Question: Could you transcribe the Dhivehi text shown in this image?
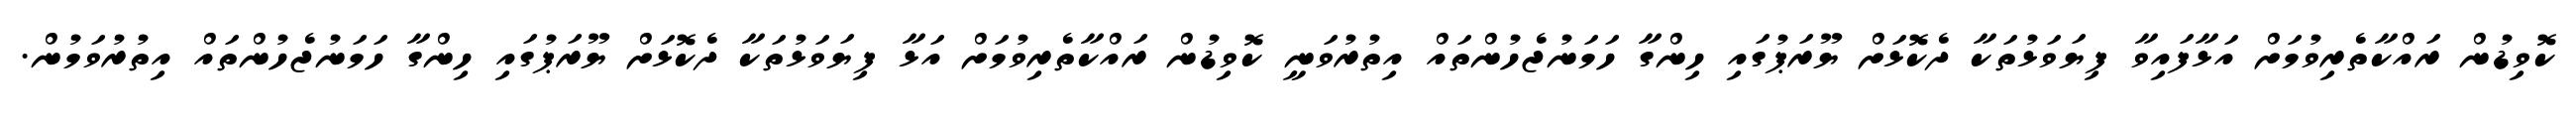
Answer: ކޮވިޑުން ރައްކާތެރިވުމަށް އަޅާފައިވާ ފިޔަވަޅުތަކާ ދެކޮޅަށް ޔޫރަޕުގައި ހިންގާ ހަމަނުޖެހުންތައް އިތުރުވަނީ ކޮވިޑުން ރައްކާތެރިވުމަށް އަޅާ ފިޔަވަޅުތަކާ ދެކޮޅަށް ޔޫރަޕުގައި ހިންގާ ހަމަނުޖެހުންތައް އިތުރުވަމުން.